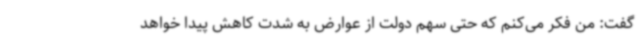
گفت: من فکر می‌کنم که حتی سهم دولت از عوارض به شدت کاهش پیدا خواهد